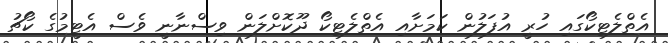
އެތްލެޓިކޯގައި ހުރީ އުފަލުން ކަމަށާއި އެތްލެޓިކޯ ދޫކޮށްލަން ވިސްނާނީ ވެސް އެޓީމުގެ ކޯޗު